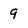
Character: 9